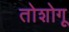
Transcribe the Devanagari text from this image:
तोशोगू